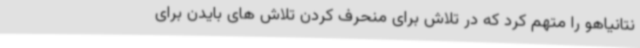
نتانیاهو را متهم کرد که در تلاش برای منحرف کردن تلاش های بایدن برای